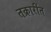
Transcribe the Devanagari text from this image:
तक्रारींत